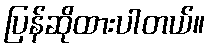
ပြန်ဆိုထားပါတယ်။